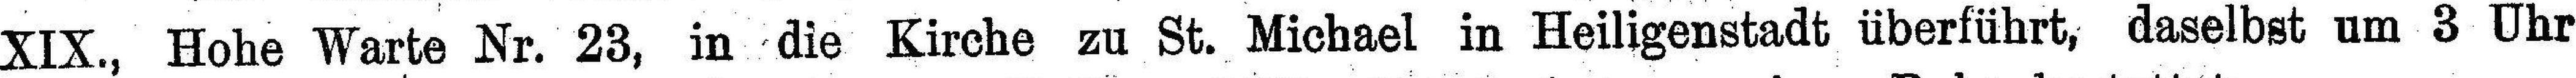
XIX., Hohe Warte Nr. 23, in die Kirche zu St. Michael in Heiligenstadt überführt, daselbst um 3 Uhr